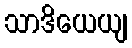
သာဒိယေယျ